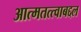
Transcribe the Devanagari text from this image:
आत्मतत्त्वाबद्दल